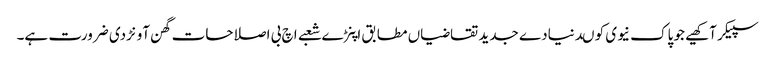
سپیکر آکھیے جو پاک نیوی کو ںدنیادے جدید تقاضیاں مطابق اپنڑے شعبے اچ بی اصلاحات گھن آونڑدی ضرورت ہے۔